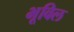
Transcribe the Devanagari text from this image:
भूविल